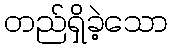
တည်ရှိခဲ့သော